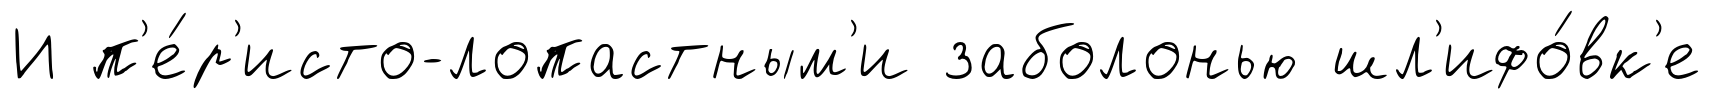
И п'е́р'исто-лопастным'и заболонью шл'ифо́вк'е